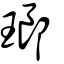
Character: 瑯